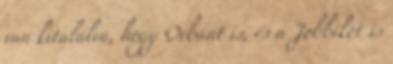
van ki­találva, hogy Orbánt is, és a Jobbikot is